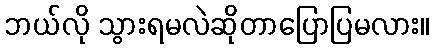
ဘယ်လို သွားရမလဲဆိုတာပြောပြမလား။